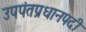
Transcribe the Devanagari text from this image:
उपपंतप्रधानपदी